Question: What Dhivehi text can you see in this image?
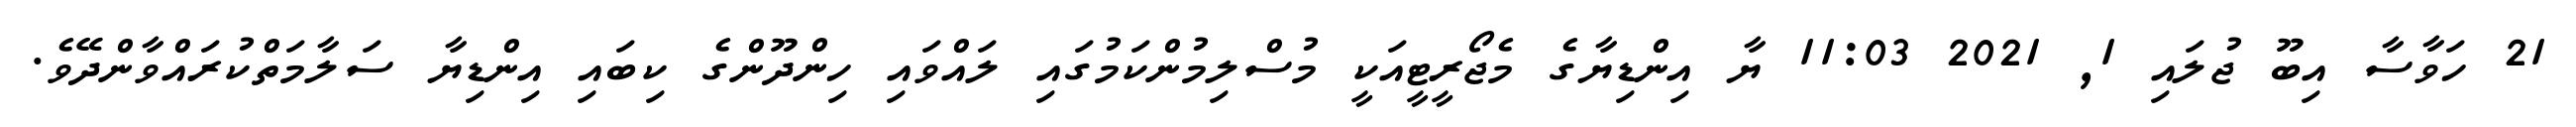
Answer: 21 ހަވާސާ އިބޫ ޖުލައި 1, 2021 11:03 ޔާ އިންޑިޔާގެ މެޖޯރީޓީއަކީ މުސްލިމުންކަމުގައި ލައްވައި ހިންދޫންގެ ކިބައި އިންޑިޔާ ސަލާމަތްކުރައްވާންދޭވެ.